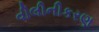
વીલીનીકરણ